Indian journal of veterinary science and animal husbandry - Volume 5,
Year: 1935
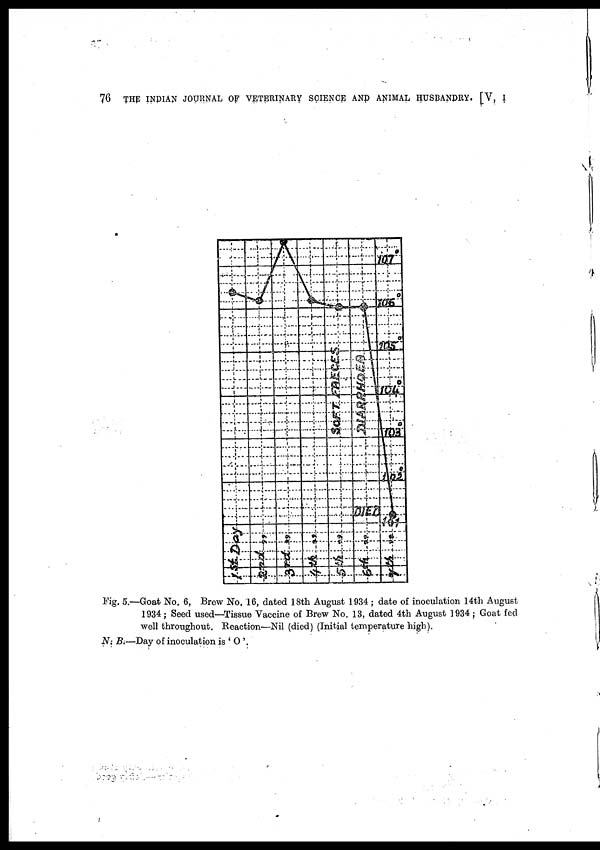
76 THE INDIAN JOURNAL OF VETERINARY SCIENCE AND ANIMAL HUSBANDRY. [V, I
Fig. 5.—Goat No. 6, Brew No. 16, dated 18th August 1934 ; date of inoculation 14th August
1934 ; Seed used—Tissue Vaccine of Brew No. 13, dated 4th August 1934 ; Goat fed
well throughout. Reaction—Nil (died) (Initial temperature high).
N. B.—Day of inoculation is 'O '.